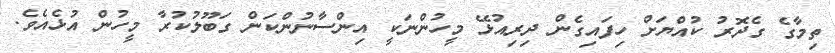
ތިމާގެ ގެދޮރު ކުއްޔަށް ހިފައިގެން ދިރިއުޅޭ މީހުންނަކީ އިންސާނުންކަން ގަބޫލުކުރާ މީހުން އުޅެއެވެ.